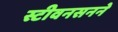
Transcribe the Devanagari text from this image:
स्टीवनसनने